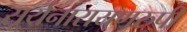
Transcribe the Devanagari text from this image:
सूर्यनारायणरुपी